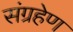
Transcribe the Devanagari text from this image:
संग्रहेण